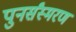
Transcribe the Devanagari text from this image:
पुनर्संस्मरण